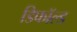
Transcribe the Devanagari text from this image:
डिफॉल्ड